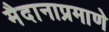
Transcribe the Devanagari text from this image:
मैदानाप्रमाणे